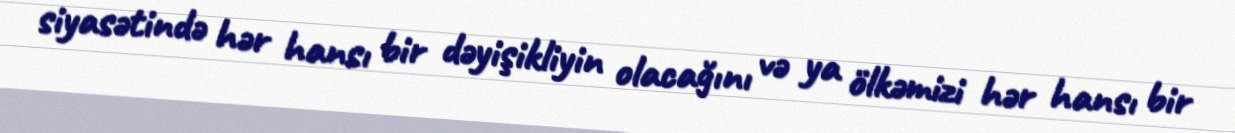
siyasətində hər hansı bir dəyişikliyin olacağını və ya ölkəmizi hər hansı bir